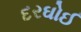
દરઘોઈ